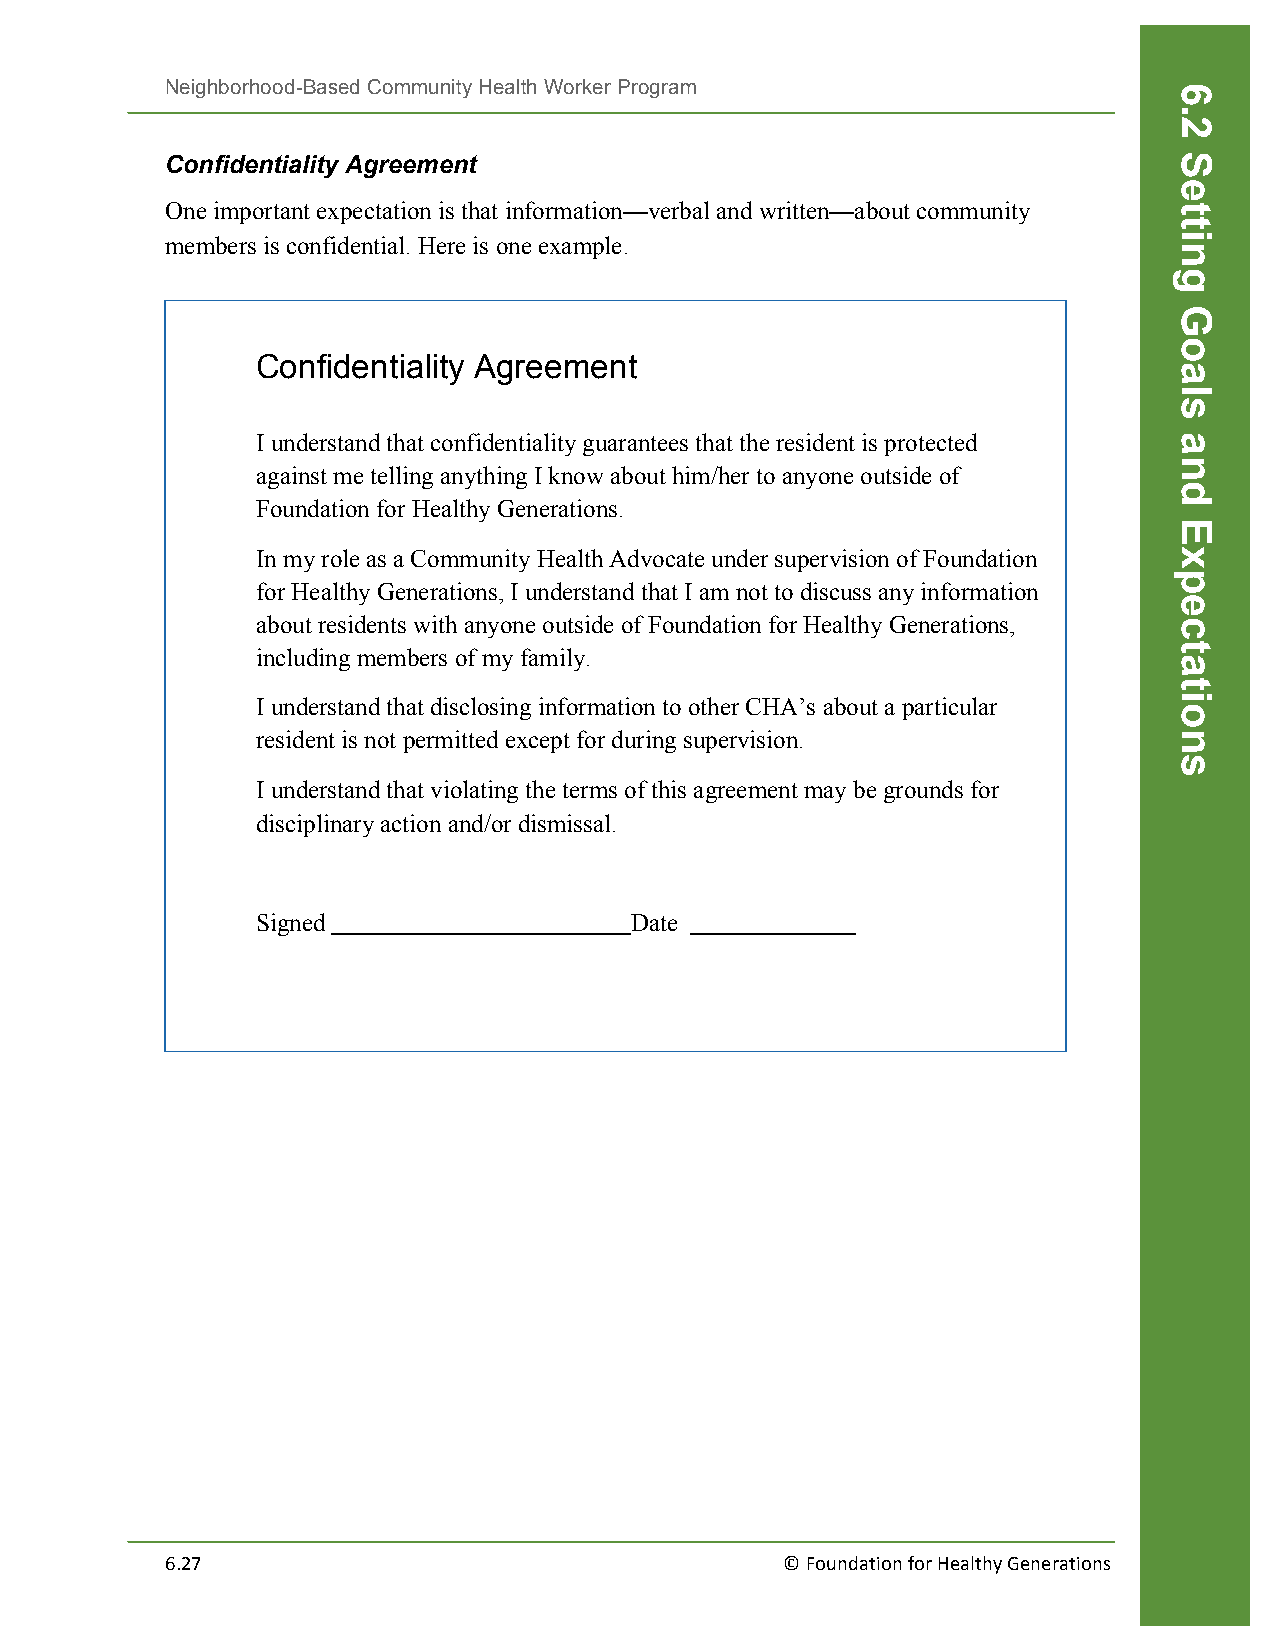
Neighborhood-Based Community Health Worker Program
 Confidentiality Agreement
 One important expectation is that information—verbal and written—about community
 members is confidential. Here is one example.
 Confidentiality Agreement
 I understand that confidentiality guarantees that the resident is protected
 against me telling anything I know about him/her to anyone outside of
 Foundation for Healthy Generations.
 In my role as a Community Health Advocate under supervision of Foundation
 for Healthy Generations, I understand that I am not to discuss any information
 about residents with anyone outside of Foundation for Healthy Generations,
 including members of my family.
 I understand that disclosing information to other CHA’s about a particular
 resident is not permitted except for during supervision.
 I understand that violating the terms of this agreement may be grounds for
 disciplinary action and/or dismissal.
 Signed                   Date
 6.27                                     © Foundation for Healthy Generations
 6.2
 Setting
 Goals
 and
 Expectations